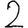
Digit: 2